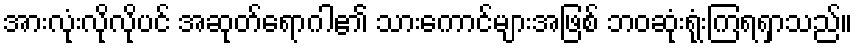
အားလုံးလိုလိုပင် အဆုတ်ရောဂါ၏ သားကောင်များအဖြစ် ဘဝဆုံးရုံးကြရရှာသည်။